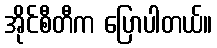
အိုင်စီတီက ပြောပါတယ်။